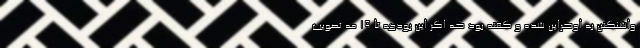
واشنگتن به اوکراین شده و گفته بود که اگر این بودجه تا ۱۹ مه تصویب